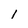
Character: I